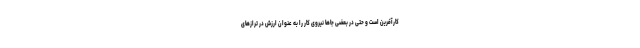
کارآفرین است و حتی در بعضی جاها نیروی کار را به عنوان ارزش در ترازهای